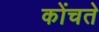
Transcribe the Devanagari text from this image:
कोंचते